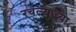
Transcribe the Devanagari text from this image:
रचल्याच्या